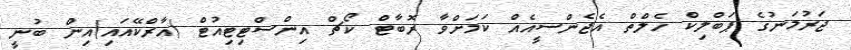
ޖަރުމަނުގެ ޕަބްލިކް ހެލްތް އެޖެންސީއެއް ކަމަށްވާ ރޮބާޓް ކޯޗް އިންސްޓިޓިއުޓް (އާރްކޭއައި)އިން ބުނީ